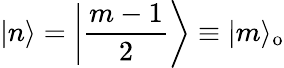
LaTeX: |n\rangle=\left|\frac{m-1}{2}\right\rangle\equiv|m\rangle_{\mathrm{o}}